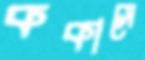
ককাসে